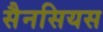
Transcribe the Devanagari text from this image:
सैनसियस